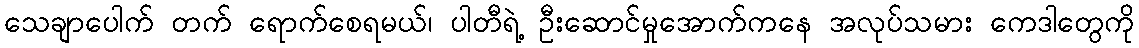
သေချာပေါက် တက် ရောက်စေရမယ်၊ ပါတီရဲ့ ဦးဆောင်မှုအောက်ကနေ အလုပ်သမား ကေဒါတွေကို